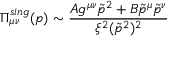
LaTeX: \Pi _ { \mu \nu } ^ { s i n g } ( p ) \sim \frac { A g ^ { \mu \nu } \tilde { p } ^ { 2 } + B \tilde { p } ^ { \mu } \tilde { p } ^ { \nu } } { \xi ^ { 2 } ( \tilde { p } ^ { 2 } ) ^ { 2 } }